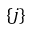
\{ j \}